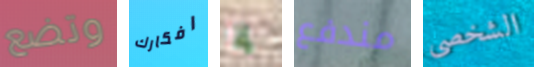
وتضع افكارك إذا مندفع الشخصى